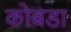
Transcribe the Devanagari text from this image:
कोबडा